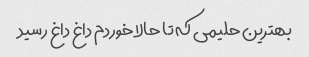
بهترین حلیمی که تا حالا خوردم داغ داغ رسید